Report on the treatment of epidemic cholera: from information collected by the governments of Bengal, Madras, Bombay, N.W. Provinces, Punjab, Oudh, and Central India, by order of the Government of India
Disease focus: Cholera
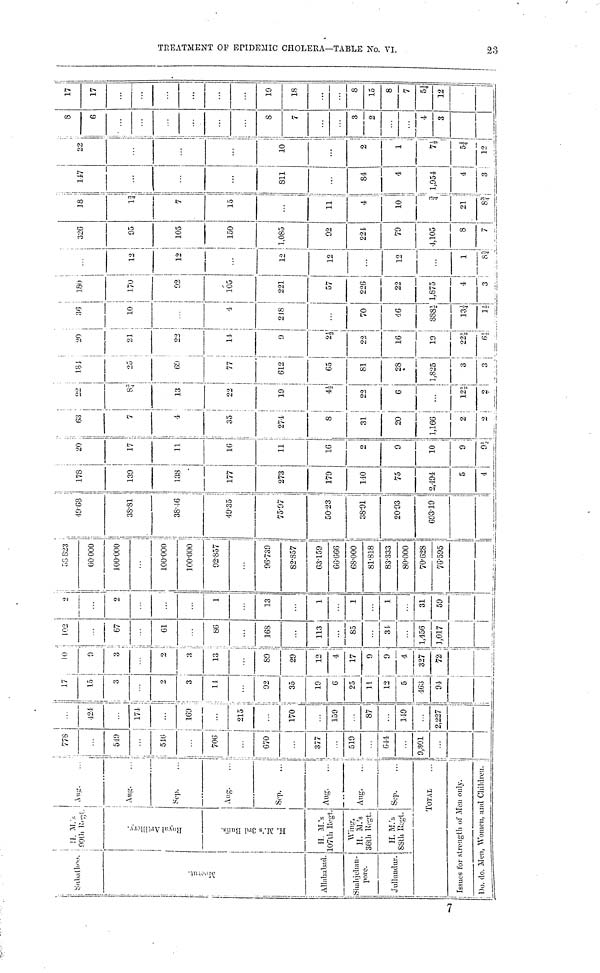
Subathoo
M
Alhilmtoid.
!
¡Shaliji'liun-
pore.
! Jullundur.
;
!
í
! ÍÍ. M.\
notii Ki-i.
1
¿.
"il
%
s
e"
35
H. M/ s 3rd Buf f s.
H. M/s
107th Jlpgt.
Wiiifr,
H. M/s
36lli Kegl.
H. M/s
88Ui Bcgt.
i A up.
1
i
! All!,'.
f*cp.
1
-
-
•
Aug.
i
Sep.
Aug.
... ;
!
Aug.
.. !
1
-- 1
Sep.
TOTAL
i
i
519
Í ...
ll
; 5-iu
!
-
i
:
1 706
¡
i 670
377
510
••
6-14
...
9,801
• >•
1
121
...
{ 17-J-
t
1
1 -
160
...
215
_
I
i
1
!
170 :
...
139
87
...
140
...
2,227
i
17
i 15
i
3
2
i
i 3
! "
02
35
19
G
13
5
463
9-1
. 10
i
! o
1
!
3
1
2
3
13
1
Í
89 j
!
29 |
»!
«I
17
9.
0
327 |
72 .
i
! 102
:
67
Í
-
i
.
61
.
86
168
...
113
85
...
»
1,456
3,017
1
2
2
...
...
1
13
... 1
1
... j
1
1
...
31 i
59
'•
SQ 823
60000
I
J 00-000
• • •
100-000
100-000
92-857
96-739 ¡
82-857 j
I
G3159
66-666
68-000
81-818
83-333
80-000
70-628
76-595 ¡
i
¡
'19-63
í
38-81
•
j
i
38-16
i
1
49-35 '
j
I
j
75-97 :
j
50-23 :
i
38-91 j
i
i
20-93
693-19 !
i
1
. ' 1
1
!
i
i
Issues for strength of 3Icu only.
¡
1
!
1
!
Do. do. Men, Women, und Children.
1
;
¡
I
I
!
i
178
139
138
177
273
179
110
75
2,494
5
20
17
11
16
11
16
2
9
10 |
9 ;
9i
i
fía ' ""
i
ütí ,
—
i
1
i
.
7¡ 83
:
i
;
i
|
|
4 1
13
',
i
!
i
i
35 ;
22
,
!
274 :
19
1
i
S|
M
31 j
22
20 '
6
H -
2 ! 12J
2 j
2
18 J
25
1
6Î)
1
1
77
«
65
81
28
•
1,825
3
.
3 .
20
;
-
i
. 2a
1
'
1,
9
i
22
»
Do
36
1
". 10
¡
1
i
4
2J8
70
4G
8ss;
ia*
18o
¡
i
i
' • 170
i
i
i
j 92
105
221
57
226
22
1,875
4
3
12
12
12
12
12
...
1
m
326
95
105
•
!
150
|
1,085
92
22 L
79
4,105
8
7
7
15
...
»i
I
• 1
»!
21 !
8.
! iw
i
...
...
...
811
84
4
i
1,95-1
4
22
...
...
1
!
|
10 ' ;
...
2
!
/
i
1
¡
!
n
i
12
8
6
j . . . .
i
•
...
i .
8
7
...
...
3
2
4
3
17
17
...
...
...
19
18
...
...
8
15
8
7
5¿
12
!
¡
••3
i
%
O
ü
E
s
a
ta
B
r
?
M